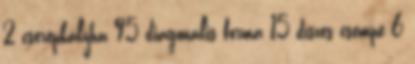
2 cserépkályha 95 diagonális forma 15 díszes csempe 6